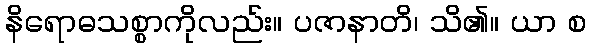
နိရောဓသစ္စာကိုလည်း။ ပဇာနာတိ၊ သိ၏။ ယာ စ